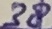
Text: 38